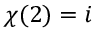
\chi ( 2 ) = i